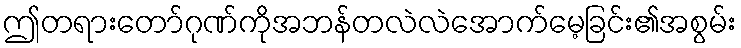
ဤတရားတော်ဂုဏ်ကိုအဘန်တလဲလဲအောက်မေ့ခြင်း၏အစွမ်း